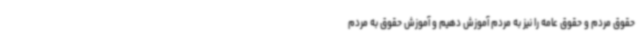
حقوق مردم و حقوق عامه را نیز به مردم آموزش دهیم و آموزش حقوق به مردم